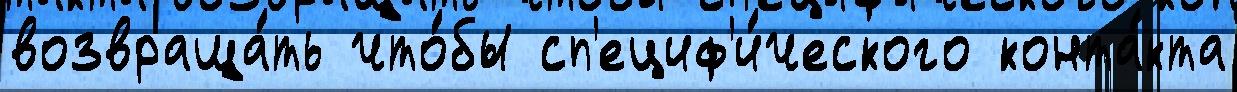
возвраща́ть что́бы сп'ециф'и́ческого конта́кта